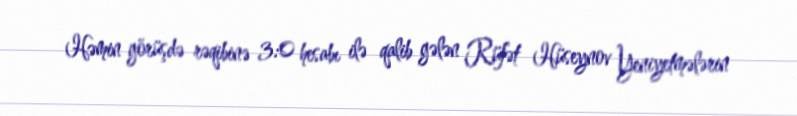
Həmin görüşdə rəqibinə 3:0 hesabı ilə qalib gələn Rüfət Hüseynov Yeniyetmələrin